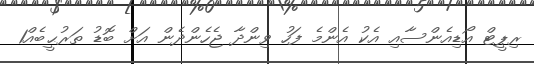
ރިޕީޓް އޯޑިއެންސާއި އެކު އެންމެ ފަހު ވިންދާ ޖެހެންދެން އަށް ބޮޑު ތަރުޙީބެއް1